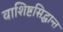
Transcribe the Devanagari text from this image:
वाशिष्टसिद्धान्त